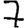
Digit: 7